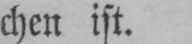
chen ist.